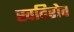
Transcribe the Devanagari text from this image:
खदिरोव